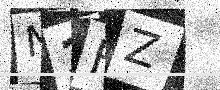
Text: N1FZ